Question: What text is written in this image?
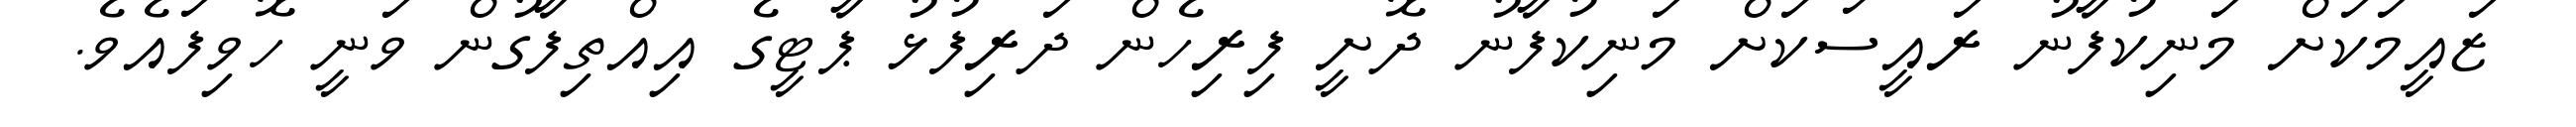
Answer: ޒައީމަކަށް މަނިކުފާނު ރައީސަކަށް މަނިކުފާނު ދޮށީ ފިރިހެން ދަރިފުޅު ޕާޓީގެ އިއްތިފާގުން ވަނީ ހޮވިފައެވެ.